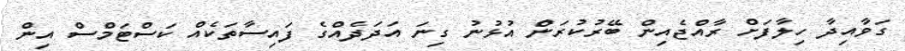
ގަވާއިދާ ހިލާފަށް ރާއްޖެއިން ބޭރުކުރަން އުޅުނު ގިނަ އަދަދެއްގެ ފައިސާތަކެއް ކަސްޓަމްސް އިން